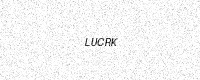
Text: LUCRK